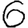
Digit: 6